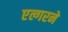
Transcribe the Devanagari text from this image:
एल्गरने